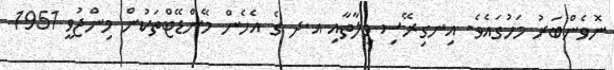
ނޮވެންބަރު މަހުގައެވެ. އިނގިރޭސި ވިލާތާއި އ.ދ ގެ އެހެން މޭންޑޭޓްތަކުން މިންޖުވީ 1951